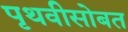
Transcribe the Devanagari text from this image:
पृथवीसोबत